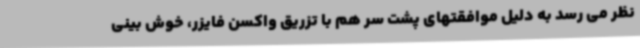
نظر می رسد به دلیل موافقتهای پشت سر هم با تزریق واکسن فایزر، خوش بینی